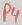
Text: P4